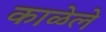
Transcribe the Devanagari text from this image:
काळेले